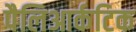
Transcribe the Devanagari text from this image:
पैलिआर्कटिक